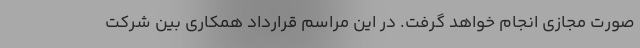
صورت مجازی انجام خواهد گرفت. در این مراسم قرارداد همکاری بین شرکت